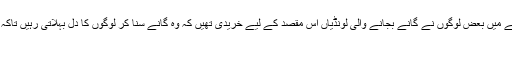
رسول اللہ صلی اللہ علیہ وسلم کے زمانے میں بعض لوگوں نے گانے بجانے والی لونڈیاں اس مقصد کے لیے خریدی تھیں کہ وہ گانے سنا کر لوگوں کا دل بہلاتی رہیں تاکہ قرآن کا اثر ان لوگوں کے دلوں پر نہ ہو
جائے۔